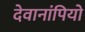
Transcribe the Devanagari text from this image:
देवानांपियो